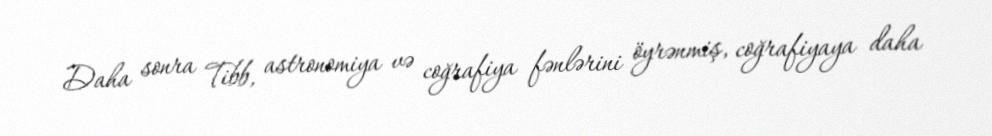
Daha sonra Tibb, astronomiya və coğrafiya fənlərini öyrənmiş, coğrafiyaya daha